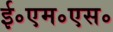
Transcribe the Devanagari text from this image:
ई॰एम॰एस॰